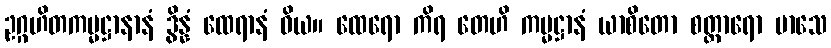
ဥဂ္ဂဟိတကမ္မဋ္ဌာနာနံ ဒွိန္နံ ထေရာနံ ဝိယ။ ထေရော ကိရ တေဟိ ကမ္မဋ္ဌာနံ ယာစိတော စတ္တာရော မာသေ